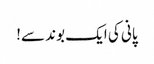
پانی کی ایک بوند سے!